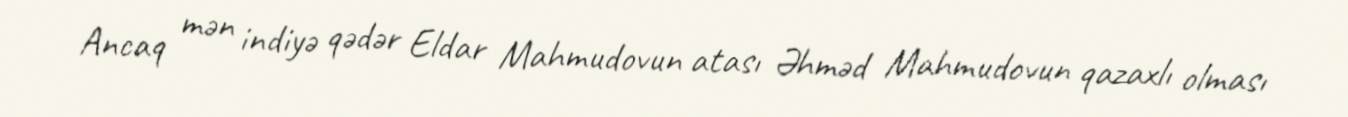
Ancaq mən indiyə qədər Eldar Mahmudovun atası Əhməd Mahmudovun qazaxlı olması